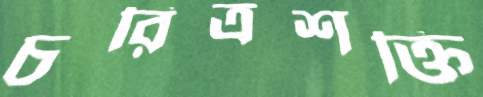
চরিত্রশক্তি